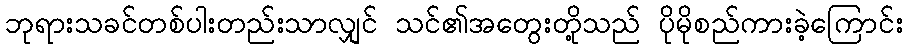
ဘုရားသခင်တစ်ပါးတည်းသာလျှင် သင်၏အတွေးတို့သည် ပိုမိုစည်ကားခဲ့ကြောင်း